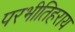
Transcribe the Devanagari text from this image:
परभीतिहराय